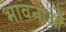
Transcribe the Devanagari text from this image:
भावनाऒं